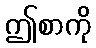
ဤစာကို